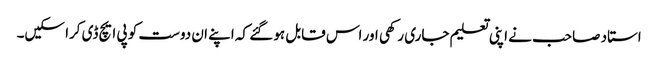
استاد صاحب نے اپنی تعلیم جاری رکھی اور اس قابل ہو گئے کہ اپنے ان دوست کو پی ایچ ڈی کرا سکیں۔